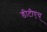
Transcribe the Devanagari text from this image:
डीटीएच्‌